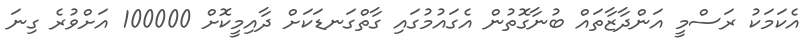
އެކަމަކު ރަސްމީ އަންދާޒާތައް ބުނާގޮތުން އެގައުމުގައި ގާތްގަނޑަކަށް ދާއިމީކޮށް 100000 އަށްވުރެ ގިނަ